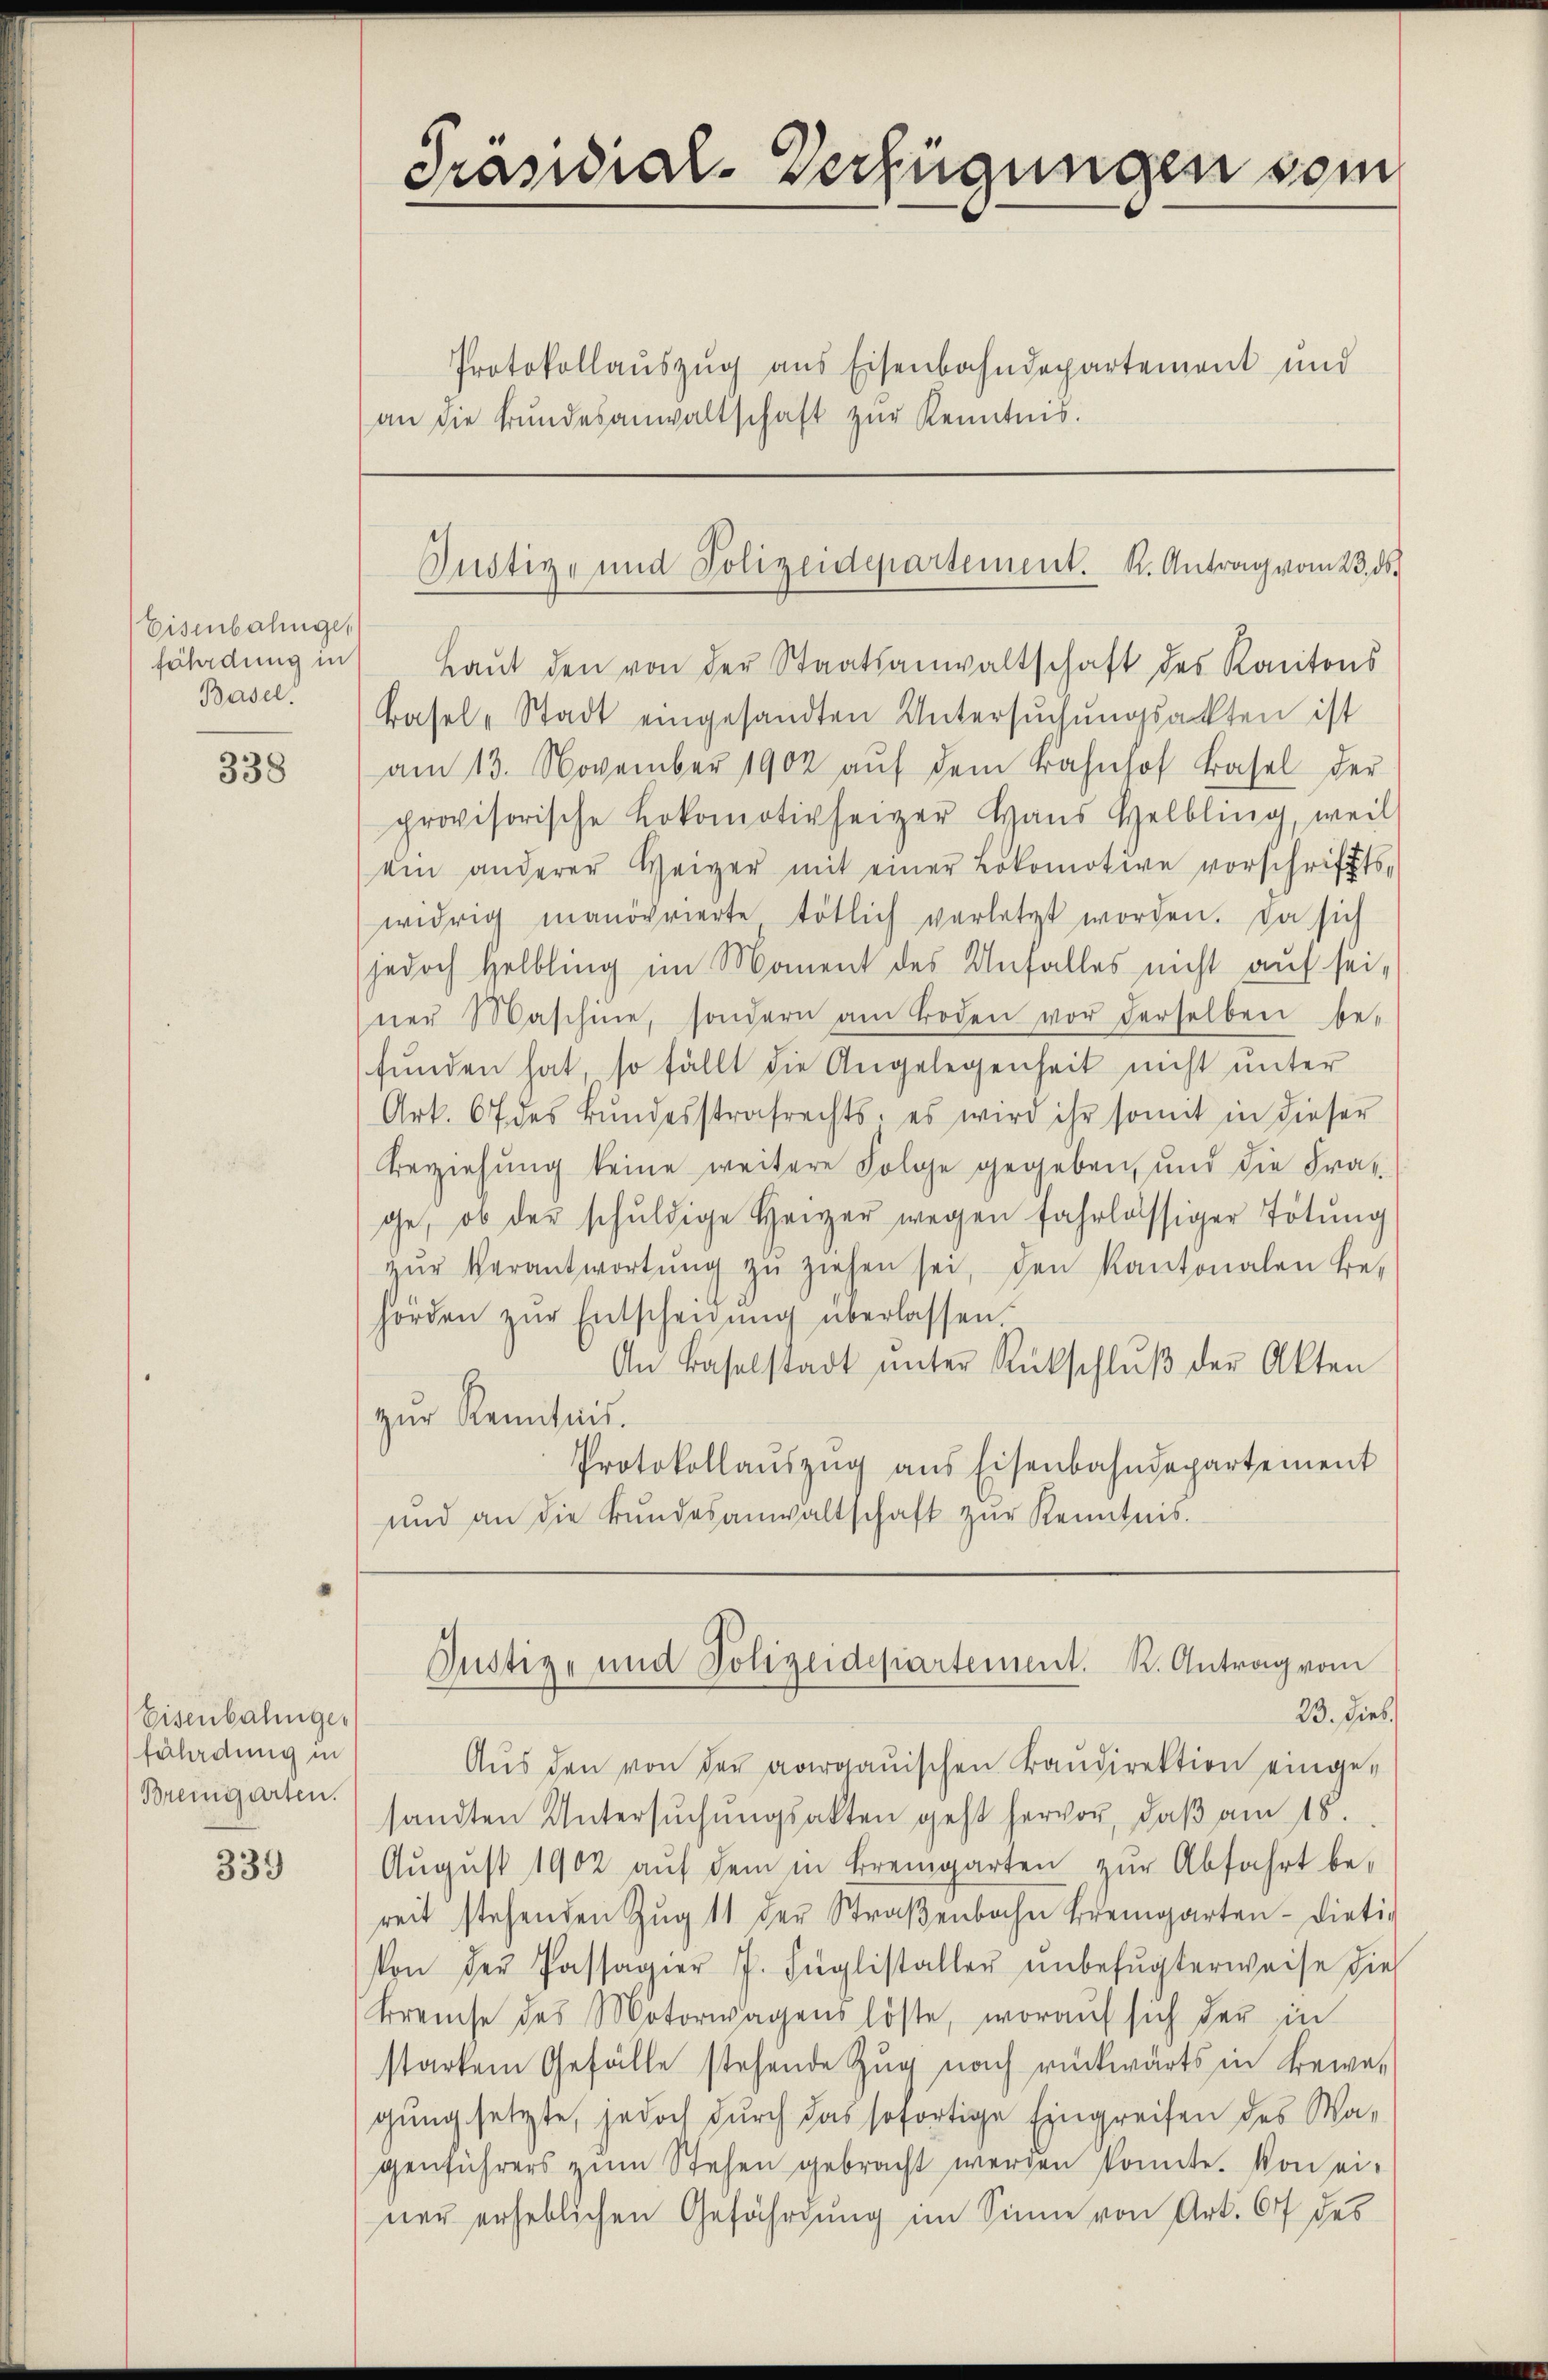
Eisenbahnges
fährdung in
Basel.

338

Eisenbahnger
füladung in
Bremgarten.

339

Präsidial-Verfügungen vom

Protokollauszug aus Eisenbahndepartement und
an die Bŭndesanwaltschaft zŭr Kenntnis.

Justiz- und Polizeidepartement. K. Antrag vom 23. ds.

Laŭt den von der Staatsanwaltschaft des Kantons
Basel-Stadt eingesandten Untersŭchŭngsackten ist
am 13. November 1902 aŭf dem Bahnhof Basel der
provisorische Lokomotivheizer Haŭs Helbling, weil
ein anderer Weiger mit einer Lokomotive vorschriffts-
widrig manövrierte tötlich verletzt worden. Da sich
jedoch Helbling im Moment des Unfalles nicht auf sei,
ner Maschine, sondern am Boden vor derselben be-
fŭnden hat so fällt die Angelegenheit nicht ŭnter
Art. 67 des Bŭndesstrafrechts, es wird ihr somit in dieser
Beziehung keine weitere Folge gegeben, und die Frage, ob der schŭldige Heizer wegen fahrlässiger Tötung
zŭr Verantwortŭng zŭ ziehen sei, den Kantonalen Be-
hörden zŭr Entscheidŭng überlassen.
An Baselstadt ŭnter Rückschlŭβ der Akten
zŭr Kenntnis.
Protokollaŭszŭg aŭs Eisenbahndepartement
und an die Bŭndesanwaltschaft zŭr Kenntnis.

Justiz- und Polizeidepartement. K. Antrag vom

23. Dieb
Aŭs den von der aargauischen Baŭdirektion einge-
sandten Untersŭchŭngsakten geht hervor, daβ am 18.
Aŭgŭst 1902 aŭf dem in Bremgarten zŭr Abfahrt be-
reit stehenden Zŭg 11 der Straβenbahn Bremgarten- Dieti-
Von der Passagier J. Füglistaller ŭnbefŭgterweise die
Breuse des Motorwagenslöste, worauf sich der in
starkem Gefälle stehende Zŭg nach rückwärts in Bewe-
gung setzte, jedoch durch das sofortige Eingreifen des Wagenführers zŭm Stehen gebracht werden konnte. Von ei-
ner erheblichen Gefährdung im Sinne von Art. 67 des